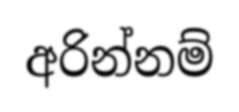
අරින්නම්